Vital statistics of India. Vol. VI, European troops 1870-79
Year: 1870
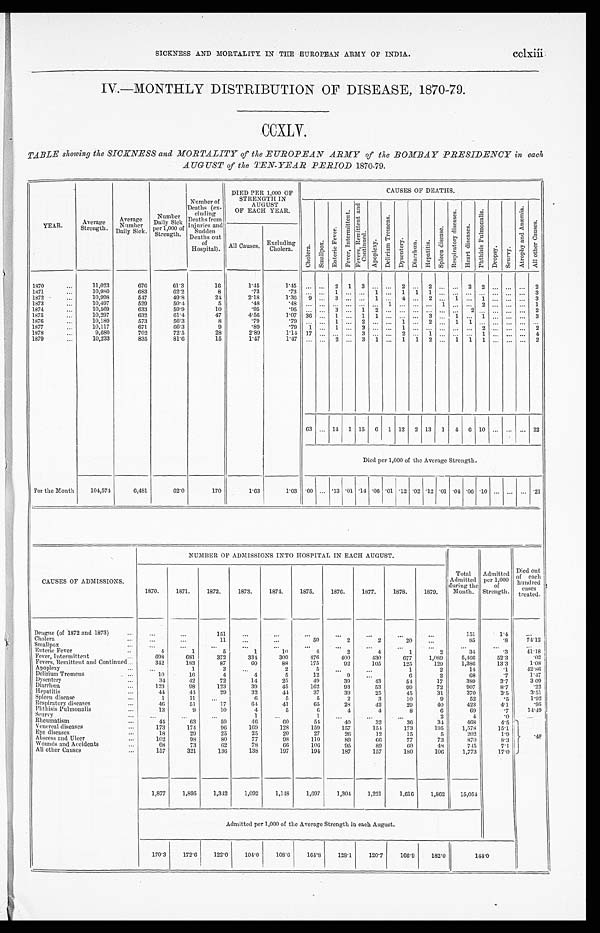
cclxiii
SICKNESS AND MORTALITY, IN THE EUROPEAN ARMY OF INDIA.
IV.—MONTHLY DISTRIBUTION OF DISEASE, 1870-79.
CCXLV.
TABLE showing the SICKNESS and MORTALITY of the EUROPEAN ARMY of the BOMBAY PRESIDENCY in each
AUGUST of the TEN-YEAR PERIOD 1870-79.
YEAR.
Average
Strength.
Average
Number D a i l y S i c k .
Number
Daily
S i c k
Per 1,000 of
Strength.
Number of
Deaths (ex-
cluding
Deaths from
I n j u r i e s
and Sudden
Deaths out
of
Hospital).
DIED PER 1,000 OF
STRENGTH IN August
OF EACH YEAR.
CAUSES OF DEATHS.
Cholera.
S m a l l p o x .
E n t e r i c F e v e r . Fever , I nt er mi t t ent .
F e v e r s , R e m i t t e n t a n d
C o n t i n u e d .
A p o p l e x y . De l i r i um Tr e me ns . Dysent cry. Di arrhœa.
H e p a t i t i s .
S p l e e n d i s e a s e .
R e s p i r a t o r y d i s e a s e s .
H e a r t d i s e a s e .
P h t h i s i s P u l m o n a l i s .
D r o p s y .
S c u r v y . At r o p h y a n d An æ mi a .
A l l o t h e r C a u s e s .
A l l C a u s e s .
Excluding
Cholera.
1870
...
11,023
676
61.3
16
1.45
1 . 4 5 ...
. . .
2 1
3
. . ....
2
2
. . . 2
. . .
2 2
. . .
. . ....
2
1871
...
10,980
683
62.2
8
.73
.73 ...
. . . 1 ...
. . .
1 ...
1
1
1
1
. . .
. . . ...
. . .
. . ....
3
1872
. . .
10,998
547
49.8
24
2.18
1.36
9
. . .
3 ...
. . .
1 ...
4
4
. . . 2
1
. . . 1
. . .
. . ....
3
1873
...
10,497
529
50.4.
5
.48
. 4 8 ...
. . .
. . ....
. . .
. . . 1 ...
...
. . .
. . .
. . .
. . .
2
. . .
. . ....
1
1874
...
10,569
633
59.9
10
.95
. 9 5 ...
. . .
1 ...
1
2 ...
...
...
. . . ...
. . .
2
. . . ...
... ...
2
1875
. . .
10,297
632
61.4
47
4.56
1.07
36
...
1
...
1
1 ...
...
...
. . . 3
1
. . .
1
. . .
. . ....
3
1 8 7 6
...
10,180
573
56.3
8
.79
. 7 9 ...
. . .
1 ...
2
1 ...
1
1
. . . 2
1
1
. . .
. . .
. . . ...
. . .
1877
...
10,117
671
66.3
9
.89
. 7 9 1
. . .
. . ....
2
. . ....
1
1
. . . ...
. . .
. . .
2
. . .
. . ....
2
1978
...
9,680
702
72.5
28
2.89
1.14
17
. . .
2 ...
3
. . ....
2 2
. . . 1
. . .
. . .
1
. . . ...
...
4
1879
...
10,233
835
81.6
15
1.47
1.47
...
. . . 2
...
3
. . . ...
1
1
1
2
1
1
1
. . .
. . ....
2
63
. . .
14
1
15
6
1 12
2
13
1
4
6
10
. . .
. . ....
22
Died per 1,000 of the Average Strength.
For the Month
104,574
6,481
62.0
170
1.63
1.03
.60 ... .13 .01 .14 .06 .01 .12 .02 .12
.01 .04 .06
.10 ...
...
...
.21
CAUSES OF ADMISSIONS.
NUMBER OF ADMISSIONS INTO HOSPITAL IN EACH AUGUST.
1870.
1871.
1872.
1873.
1874.
1875.
1876.
1877.
1878.
1879.
Total
Admitted
during the
Mouth.
Admitted
per 1,000
of
Strength.
Died out of each
hundred
cases
treated.
Dengue (of 1872 and 1873)
. . .
. . .
151
. . .
. . .
. . .
. . .
. . .
. . .
. . .
151
1.4
...
Cholera
..
. . .
...
11
...
...
50
2
2
20
...
85
.8
74.12
Smallpox
. . .
...
...
. . .
...
. . .
. . .
...
...
. . .
. . .
...
. . .
. . .
Enteric Fever
...
4
1
5
1
10
4
2
4
1
2
34
.3
41. 1 8
Fever, Intermittent
. . .
698
681
372
334
309
476
400
430
677
1,089
5,466
52.3
.02
Fevers, Remittent and Continued...
342
183
87
60
88
175
92
105
125
129
1,386
13.3
1.08
Apoplexy
. . .
. . .
1
3
. . .
2
5
. . .
. . .
1
2
14
.1
42.86
Delirium Tremens
...
10
16
4
4
5
12
9
...
6
2
68
.7
1.47
Dysentery
...
34
42
72
14
25
49
39
43
54
17
389
3.7
3 09
Diarrhœa
123
98
123
39
45
162
93
53
99
72
907
8.7
.22
Hepatitis
...
44
44
29
32
44
37
39
25
45
31
370
3.5
3.51
Spleen disease
. . .
1
11
...
9
5
5
2
3
10
9
52
.5
1.92
Respiratory diseases
. . .
46
51
17
64
41
65
28
42
29
40
423
4.1
. 9 5
Phthisis Pulmonalis
. . .
13
9
10
4
5
6
4
4
8
6
69
.7
14.49
Scurvy
...
. . .
. . .
...
1
. . .
1
. . .
. . .
. . .
2
4
.0
. . .
Rheumatism
. . .
44
63
59
46
60
54
40
32
36
34
468
4.5
Venereal diseases
173
174
96
169
128
159
157
154
173
195
1,578
15.1
Eye diseases
. . .
18
29
25
25
20
27
26
12
15
5
202
1.9
.48
Abscess and Ulcer...
1 0 2
98
80
77
98
110
89
66
77
73
870
8.3
Wounds and Accidents
68
73
62
78
66
106
95
89
60
48
745
7.1
All other Causes
157
321
136
138
197
194
187
157
180
106
1,773
17.0
1,877
1,895
1,342
1,092
1,148
1,697
1,304
1,221
1,616
1,862
15,054
Admitted per 1,000 of the Average Strength in each August.
170.3
172.6
122.0
104.0
108.6
164.8
128.1
120.7
166.9
182.0
144.0